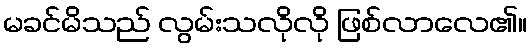
မခင်မိသည် လွမ်းသလိုလို ဖြစ်လာလေ၏။